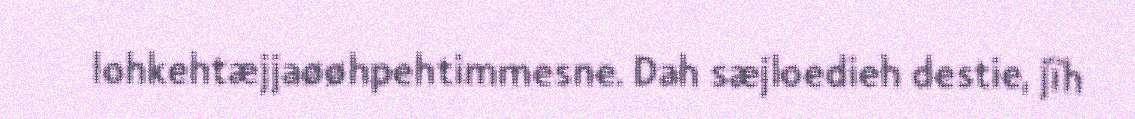
lohkehtæjjaøøhpehtimmesne. Dah sæjloedieh destie, jïh